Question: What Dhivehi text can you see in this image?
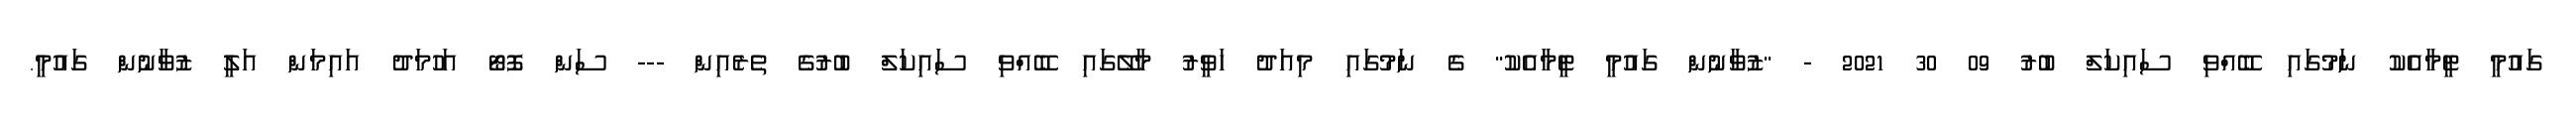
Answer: ގައުމީ ޓީމާއެކު ނަމުގައި ބޭއްވި ސައިކަލް ބުރު 09 30 2021 - "ޒުވާނުން ގައުމީ ޓީމާއެކު" ގެ ނަމުގައި މިއަދު ހަވީރު މާލޭގައި ބޭއްވި ސައިކަލް ބުރުގެ ތެރެއިން --- ސަން ފޮޓޯ އަހުމަދު އައިމަން އަލީ ޒުވާނުން ގައުމީ.